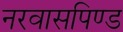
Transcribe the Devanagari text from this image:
नरवासपिण्ड